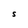
Character: S